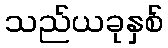
သည်ယခုနှစ်